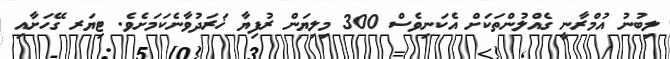
ލިބުނު އުމްރާނީ ގެއްލުންތަކަށް އެކަނިވެސް 300 މިލިޔަން ރުފިޔާ ޚަރަދުވާނެކަމަށެވެ. ޓިޔަރ ގޭހަށާއި